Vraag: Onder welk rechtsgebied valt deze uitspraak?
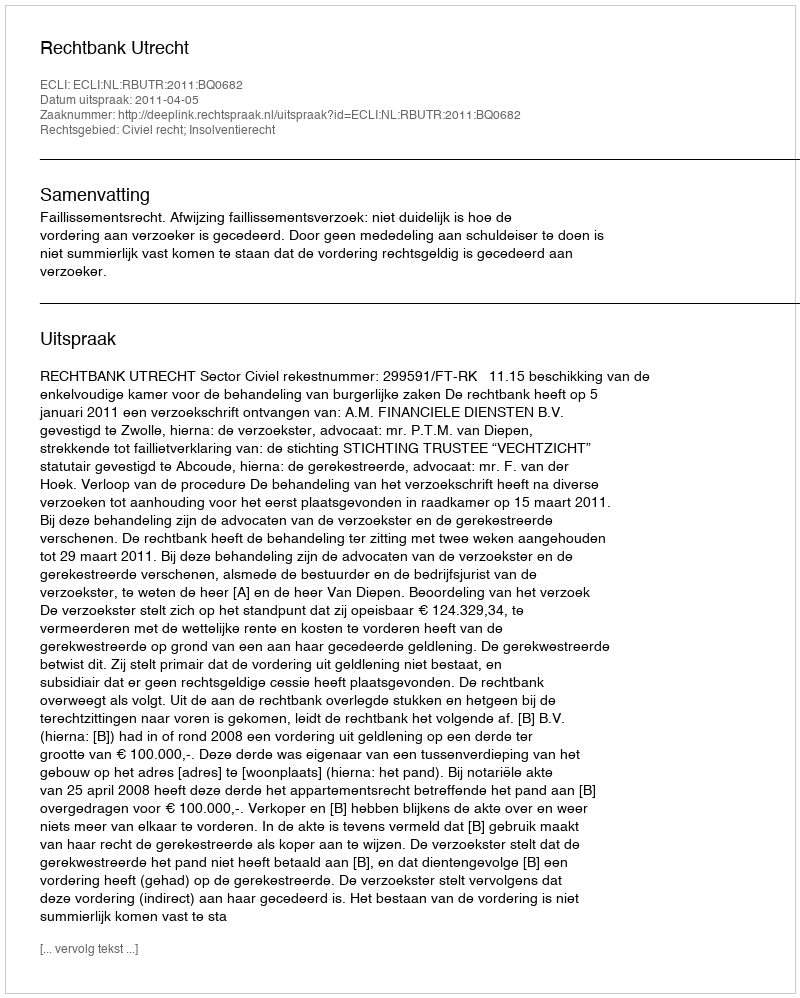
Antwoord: Civiel recht; Insolventierecht